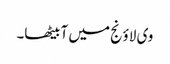
وی لاؤنج میں آ بیٹھا۔